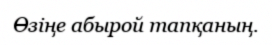
Өзіңе абырой тапқаның.